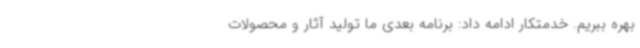
بهره ببریم. خدمتکار ادامه داد: برنامه بعدی ما تولید آثار و محصولات